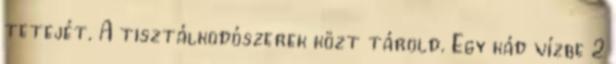
tetejét. A tisztálkodószerek közt tárold. Egy kád vízbe 2